Calcutta medical institutions reports 1871-78
Year: 1871
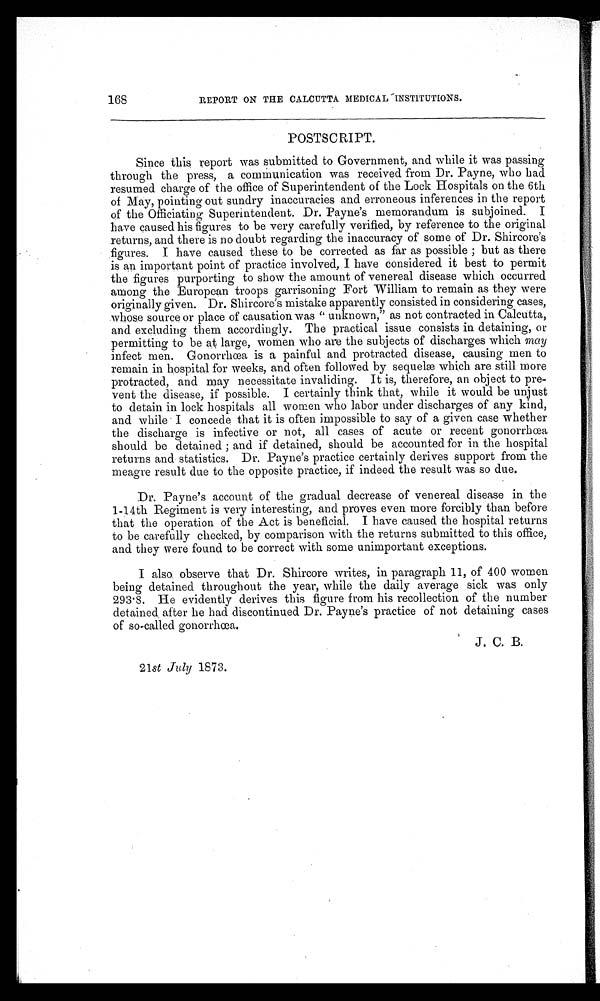
168
REPORT ON THE CALCUTTA MEDICAL INSTITUTIONS.
POSTSCRIPT.
Since this report was submitted to Government, and while it was passing
through the press, a communication was received from Dr. Payne, who had
resumed charge of the office of Superintendent of the Lock Hospitals on the 6th
of May, pointing out sundry inaccuracies and erroneous inferences in the report
of the Officiating Superintendent. Dr. Payne's memorandum is subjoined. I
have caused his figures to be very carefully verified, by reference to the original
returns, and there is no doubt regarding the inaccuracy of some of Dr. Shircore's
figures. I have caused these to be corrected as far as possible; but as there
is an important point of practice involved, I have considered it best to permit
the figures purporting to show the amount of venereal disease which occurred
among the European troops garrisoning Fort William to remain as they were
originally given. Dr. Shircore's mistake apparently consisted in considering cases,
whose source or place of causation was "unknown," as not contracted in Calcutta,
and excluding them accordingly. The practical issue consists in detaining, or
permitting to be at large, women who are the subjects of discharges which may
infect men. Gonorrhœa is a painful and protracted disease, causing men to
remain in hospital for weeks, and often followed by sequelæ which are still more
protracted, and may necessitate invaliding. It is, therefore, an object to pre-
vent the disease, if possible. I certainly think that, while it would be unjust
to detain in lock hospitals all women who labor under discharges of any kind,
and while I concede that it is often impossible to say of a given case whether
the discharge is infective or not, all cases of acute or recent gonorrhœa
should be detained; and if detained, should be accounted for in the hospital
returns and statistics. Dr. Payne's practice certainly derives support from the
meagre result due to the opposite practice, if indeed the result was so due.
Dr. Payne's account of the gradual decrease of venereal disease in the
1-14th Regiment is very interesting, and proves even more forcibly than before
that the operation of the Act is beneficial. I have caused the hospital returns
to be carefully checked, by comparison with the returns submitted to this office,
and they were found to be correct with some unimportant exceptions.
I also observe that Dr. Shircore writes, in paragraph 11, of 400 women
being detained throughout the year, while the daily average sick was only
293.8. He evidently derives this figure from his recollection of the number
detained after he had discontinued Dr. Payne's practice of not detaining cases
of so-called gonorrhœa.
J. C. B.
21 st July 1873.